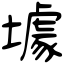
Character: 壉